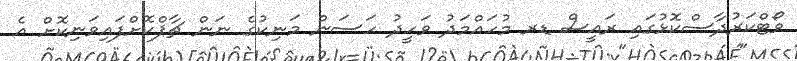
ވޯޓްކަރުދާސްކޮޅުގައި ރައީސް ޑރ މުހައްމަދު ވަހީދު ހަސަން މަނިކުގެ ނަން ޗާޕްކޮށްފައިވަނިކޮށް އެ